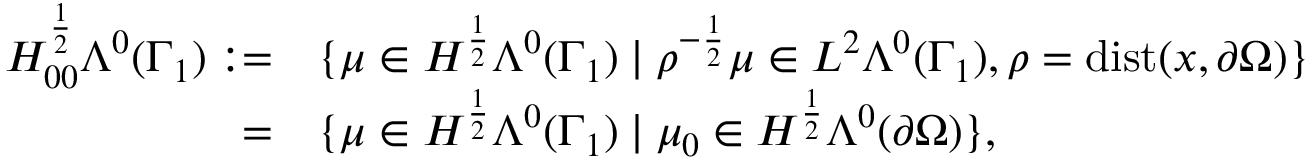
\begin{array} { r l } { H _ { 0 0 } ^ { \frac { 1 } { 2 } } \Lambda ^ { 0 } ( \Gamma _ { 1 } ) : = } & { \{ \mu \in H ^ { \frac { 1 } { 2 } } \Lambda ^ { 0 } ( \Gamma _ { 1 } ) \mid \rho ^ { - \frac { 1 } { 2 } } \mu \in L ^ { 2 } \Lambda ^ { 0 } ( \Gamma _ { 1 } ) , \rho = \mathrm { d i s t } ( x , \partial \Omega ) \} } \\ { = } & { \{ \mu \in H ^ { \frac { 1 } { 2 } } \Lambda ^ { 0 } ( \Gamma _ { 1 } ) \mid \mu _ { 0 } \in H ^ { \frac { 1 } { 2 } } \Lambda ^ { 0 } ( \partial \Omega ) \} , } \end{array}